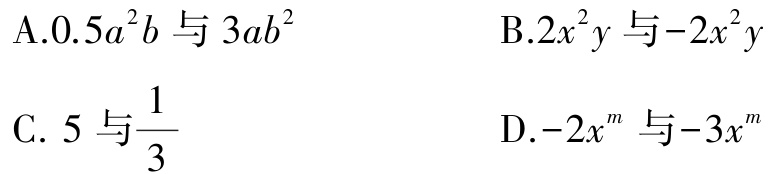
A.$0.5a^{2}b\text{ 与 }3ab^{2}$  B.$2x^{2}y\text{ 与 } -2x^{2}y$  C. $5\text{ 与 }\frac{1}{3}$  D.$-2x^{m}\text{ 与 }-3x^{m}$